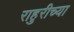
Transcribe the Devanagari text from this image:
राहुरीच्या